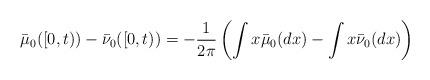
LaTeX: \begin{align*}\bar{\mu}_{0}([0,t))-\bar{\nu}_{0}([0,t))=-\frac{1}{2\pi}\left(\int x\bar{\mu}_{0}(dx)-\int x\bar{\nu}_{0}(dx) \right)\end{align*}